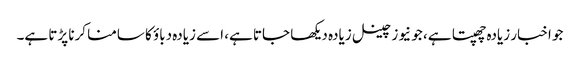
جو اخبار زیادہ چھپتا ہے، جو نیوز چینل زیادہ دیکھا جاتا ہے، اسے زیادہ دباؤ کا سامنا کرنا پڑتا ہے۔